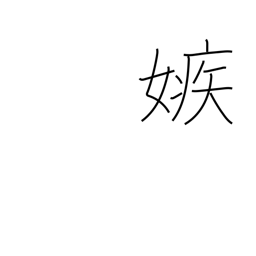
Meaning: jealous